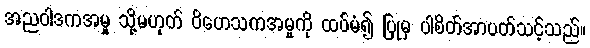
အညဝါဒကအမှု သို့မဟုတ် ဝိဟေသကအမှုကို ထပ်မံ၍ ပြုမှ ပါစိတ်အာပတ်သင့်သည်။